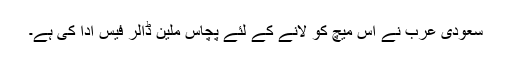
سعودی عرب نے اس میچ کو لانے کے لئے پچاس ملین ڈالر فیس ادا کی ہے۔